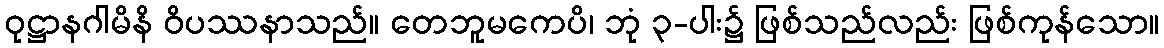
ဝုဋ္ဌာနဂါမိနိ ဝိပဿနာသည်။ တေဘူမကေပိ၊ ဘုံ ၃-ပါး၌ ဖြစ်သည်လည်း ဖြစ်ကုန်သော။